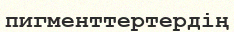
пигменттертердің